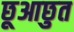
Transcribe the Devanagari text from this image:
छूआछुत